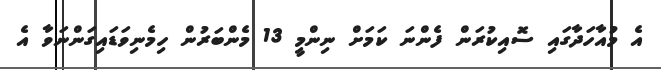
އެ މުއާހަދާގައި ސޮއިކުރަން ފެންނަ ކަމަށް ނިންމީ 13 މެންބަރުން ހިމެނިވަޑައިގަންނަވާ އެ